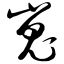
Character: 嵬